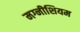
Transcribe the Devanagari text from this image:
मग्नीशियम